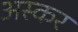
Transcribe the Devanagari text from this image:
अस्कर